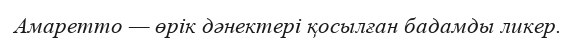
Амаретто — өрік дәнектері қосылған бадамды ликер.